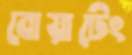
বোয়াটেং